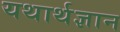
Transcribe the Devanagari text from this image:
यथार्थज्ञान